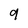
Character: 9